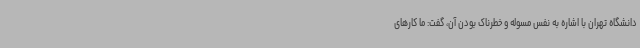
دانشگاه تهران با اشاره به نفس مسوله و خطرناک بودن آن، گفت: ما کارهای